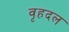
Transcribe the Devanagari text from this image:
वृहदल